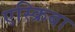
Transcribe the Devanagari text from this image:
एस्क्रिबा